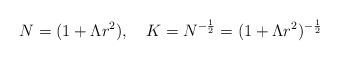
\begin{align*}N=(1+\Lambda r^2), \quad K=N^{-\frac{1}{2}}=(1+\Lambda r^2)^{-\frac{1}{2}}\end{align*}